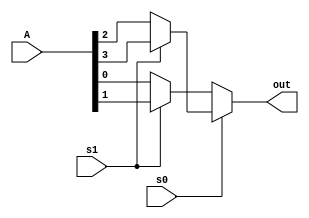
module mux4_1_conditional_data(output out, input [3:0]A ,input s0,s1);

 assign out = s0?(s1?A[3]:A[2]):(s1?A[1]:A[0]);
endmodule